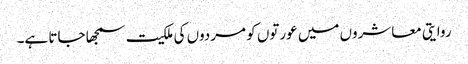
روایتی معاشروں میں عورتوں کو مردوں کی ملکیت سمجھا جاتا ہے۔